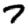
Digit: 7